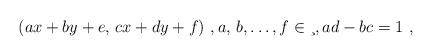
LaTeX: \begin{align*}(ax+by+e,\,cx+dy+f)\ , a,\,b, \ldots,f \in \c\ , ad-bc=1\ ,\end{align*}